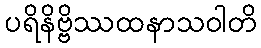
ပရိနိဗ္ဗိဿထနာသဝါတိ